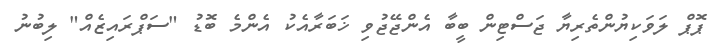
ޕޮޕް ލަވަކިޔުންތެރިޔާ ޖަސްޓިން ބީބާ އެންޖޭޖުވި ޚަބަރާއެކު އެންމެ ބޮޑު "ސަޕްރައިޒެއް" ލިބުނު